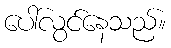
ပေါ်လွင်နေသည်။